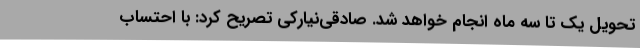
تحویل یک تا سه ماه انجام خواهد شد. صادقی‌نیارکی تصریح کرد: با احتساب